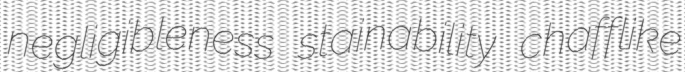
negligibleness stainability chafflike